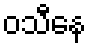
ဝသီနေ